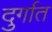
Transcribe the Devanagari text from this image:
दुर्गात